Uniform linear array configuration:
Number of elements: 24
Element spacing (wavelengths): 1
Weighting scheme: uniform
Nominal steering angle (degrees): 60
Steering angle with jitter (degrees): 58.057
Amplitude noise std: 0.05
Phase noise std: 0.05

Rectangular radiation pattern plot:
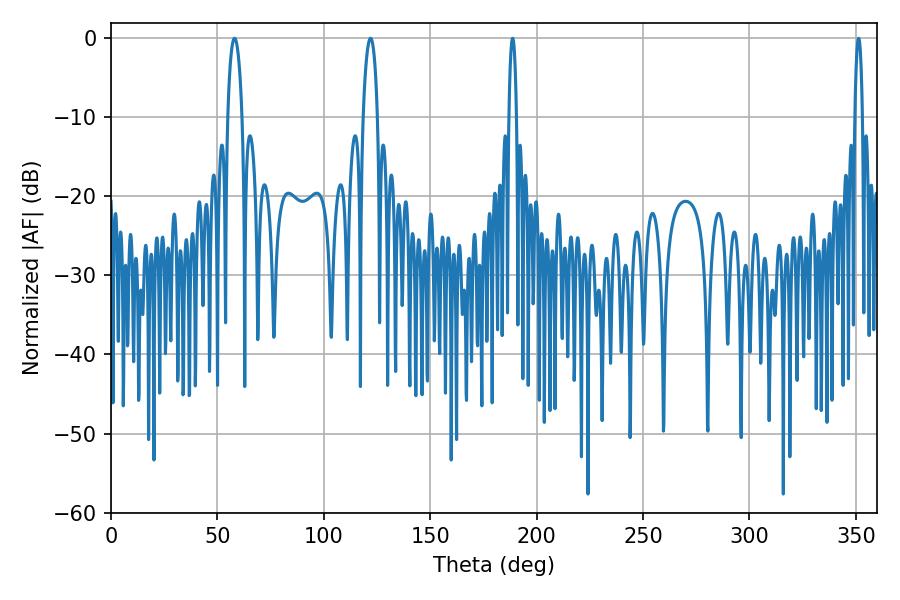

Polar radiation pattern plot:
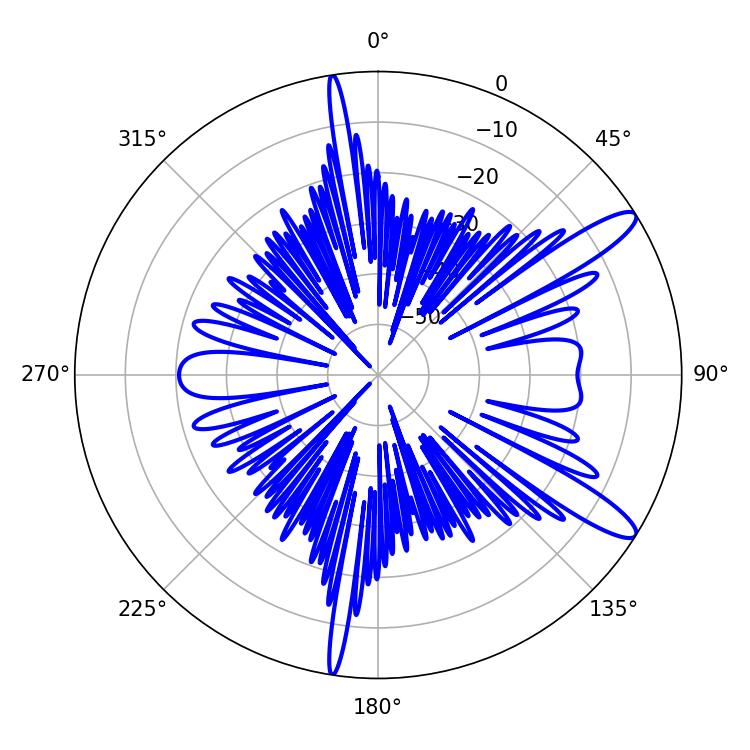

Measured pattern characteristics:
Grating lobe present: TRUE
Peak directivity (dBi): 12.238
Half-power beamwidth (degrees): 3.78
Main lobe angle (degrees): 58.14